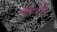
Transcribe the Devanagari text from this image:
श्कारी